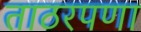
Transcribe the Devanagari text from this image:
ताठरपणा